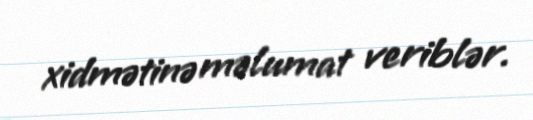
xidmətinə məlumat veriblər.